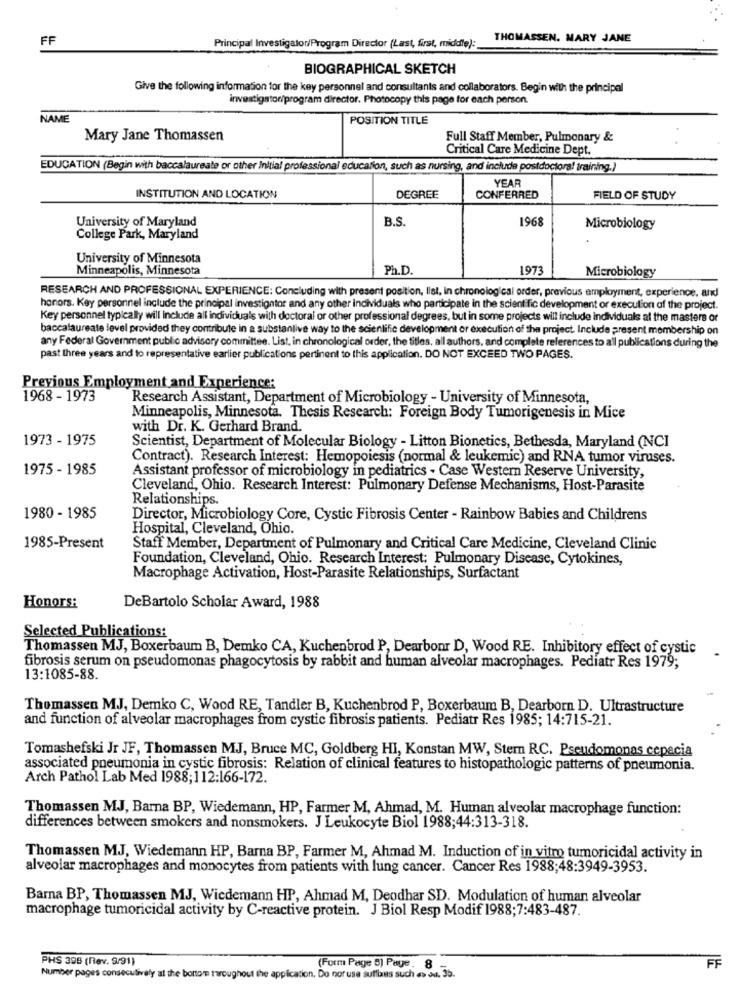
FF
Principal Investigator/Program Director (Last, first, middle):
THOMASSEN. MARY JANE
BIOGRAPHICAL SKETCH
Give the following information for the key personnel and consultants and collaborators. Begin with the principal
investigator/program director. Photocopy this page for each person
NAME
POSITION TITLE
Mary Jane Thomassen
Full Staff Member, Pulmonary &
Critical Care Medicine Dept.
EDUCATION (Begin with baccalaureate or other Initial professional education, such as nursing, and include postdoctoral training.)
YEAR
INSTITUTION AND LOCATION
DEGREE
CONFERRED
FIELD OF STUDY
University of Maryland
B.S
1968
Microbiology
College Park, Maryland
University of Minnesota
Minneapolis, Minnesota
Ph.D.
1973
Microbiology
RESEARCH AND PROFESSIONAL EXPERIENCE: Concluding with present position, list, in chronological order, previous employment, experience, and
honors. Key personnel include the principal investigator and any other individuals who participate in the scientific development or execution of the project.
Key personnel typically will Include all individuals with doctoral or other professional degrees, but in some projects will include individuals at the masters or
baccalaureate level provided they contribute in a substanlive way to the scientific development or execution of the project. Include present membership on
any Federal Government public advisory committee. List, in chronological order, the titles, all authors, and complete references to all publications during the
past three years and to representative earlier publications pertinent to this application. DO NOT EXCEED TWO PAGES.
Previous Employment and Experience:
1968 - 1973
Research Assistant, Department of Microbiology - University of Minnesota,
Minneapolis, Minnesota. Thesis Research: Foreign Body Tumorigenesis in Mice
with Dr. K. Gerhard Brand
1973 - 1975
Scientist, Department of Molecular Biology - Litton Bionetics, Bethesda, Maryland (NCI
Contract). Research Interest: Hemopoiesis (normal & leukemic) and RNA tumor viruses.
1975 - 1985
Assistant professor of microbiology in pediatrics - Case Western Reserve University,
Cleveland, Ohio. Research Interest: Pulmonary Defense Mechanisms, Host-Parasite
Relationships.
1980 - 1985
Director, Microbiology Core, Cystic Fibrosis Center - Rainbow Babies and Childrens
Hospital, Cleveland, Ohio.
1985-Present
Staff Member, Department of Pulmonary and Critical Care Medicine, Cleveland Clinic
Foundation, Cleveland, Ohio. Research Interest: Pulmonary Disease, Cytokines,
Macrophage Activation, Host-Parasite Relationships, Surfactant
Honors:
DeBartolo Scholar Award, 1988
Selected Publications:
Thomassen MJ, Boxerbaum B, Demko CA, Kuchenbrod P, Dearbonr D, Wood RE. Inhibitory effect of cystic
fibrosis serum on pseudomonas phagocytosis by rabbit and human alveolar macrophages. Pediatr Res 1979;
13:1085-88.
Thomassen MJ, Demko C, Wood RE, Tandler B, Kuchenbrod P, Boxerbaum B, Dearborn D. Ultrastructure
and function of alveolar macrophages from cystic fibrosis patients. Pediatr Res 1985; 14:715-21.
Tomashefski Jr JF, Thomassen MJ, Bruce MC, Goldberg HI, Konstan MW, Stem RC. Pseudomonas cepacia
associated pneumonia in cystic fibrosis: Relation of clinical features to histopathologic patterns of pneumonia.
Arch Pathol Lab Med 1988;112:166-172.
Thomassen MJ, Barna BP, Wiedemann, HP, Farmer M, Ahmad, M. Human alveolar macrophage function:
differences between smokers and nonsmokers. J Leukocyte Biol 1988;44:313-318.
Thomassen MJ, Wiedemann HP, Barna BP, Farmer M, Ahmad M. Induction of in vitro tumoricidal activity in
alveolar macrophages and monocytes from patients with lung cancer. Cancer Res 1988;48:3949-3953.
Barna BP, Thomassen MJ, Wiedemann HP, Ahmad M, Deodhar SD. Modulation of human alveolar
macrophage tumoricidal activity by C-reactive protein. J Biol Resp Modif 1988;7:483-487.
PHS 398 (fev. 5/91)
(Form Page 8) Paye. 8
FF
Number pages consecutively at the bortom troughout the application. Do not use suffixes such as du. 30.